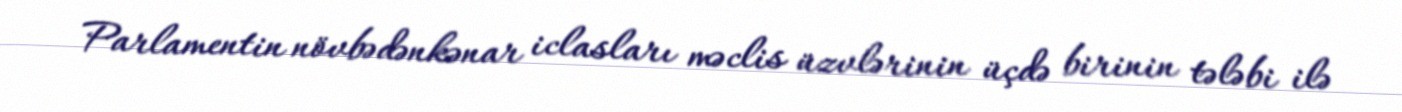
Parlamentin növbədənkənar iclasları məclis üzvlərinin üçdə birinin tələbi ilə